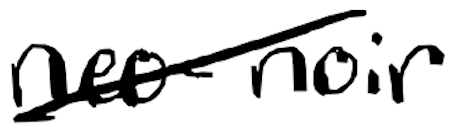
Text: neo-noir
Cross-out: diagonal
Writing tool: digital_black